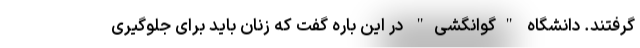
گرفتند. دانشگاه "گوانگشی" در این باره گفت که زنان باید برای جلوگیری